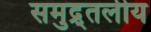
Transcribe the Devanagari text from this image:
समुद्र्तलीय